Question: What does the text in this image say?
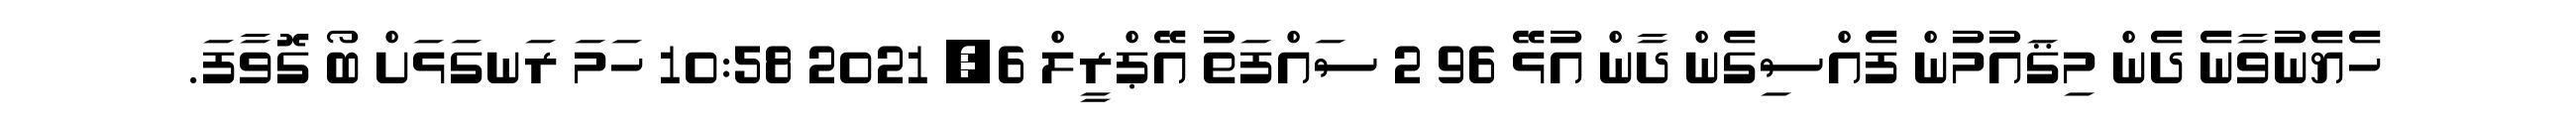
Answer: ހެޔެނުވާނެ ދެން މިޤައުމުން ފެއްސިގެން ދާން އުޅޭ 96 2 ސައްފަތު އޭޕްރީލް 6, 2021 10:58 ހަމަ ރަނގަޅަށް ބޯ ގޮވާފަ.